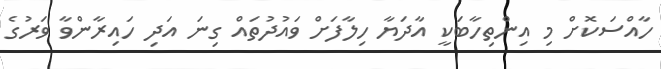
ހާއްސަކޮށް މި އިންތިހާބަކީ އާދަޔާ ހިލާފަށް ވައުދުތައް ގިނަ އަދި ހައިރާންވާ ވަރުގެ